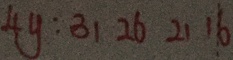
4 y : 3 1 2 6 2 1 1 6